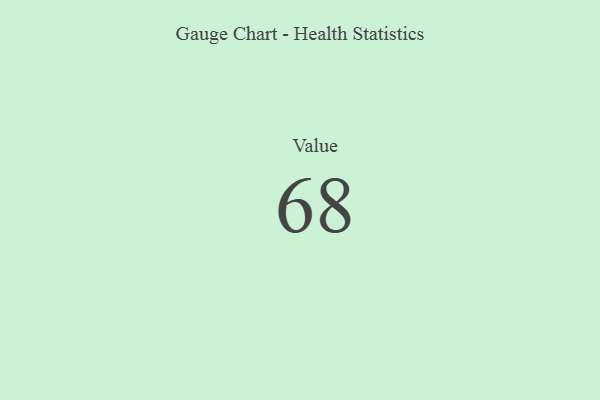
{"axis": {"x": "Metric", "y": "Value"}, "legend": [""], "data": [{"x": "Value", "y": 68, "type": ""}]}